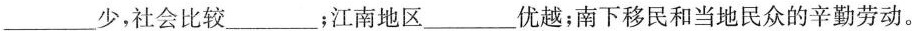
___少，社会比较___；江南地区___优越；南下移民和当地民众的辛勤劳动。